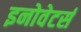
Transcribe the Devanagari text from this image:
इनोवेटर्स